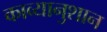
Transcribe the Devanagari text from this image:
काव्यानुशान